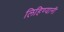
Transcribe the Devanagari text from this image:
लिहिण्यानी